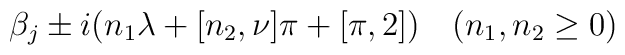
\beta_j\pm i(n_1\lambda+\sc[n_2,\nu]\pi+\sc[\pi,2])\quad(n_1,n_2\ge0)